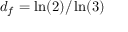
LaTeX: d _ { f } = \ln ( 2 ) / \ln ( 3 )